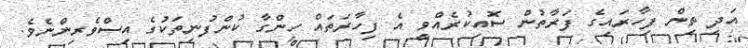
އަދި ތިން ފިހާރައިގެ ފަރާތުން ސޮއިކުރެއްވީ އެ ފިހާރަތައް ހިންގާ ކުންފުނިތަކުގެ އިސްވެރިންނެވެ.